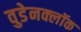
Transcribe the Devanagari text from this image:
वुडेनक्लॉक